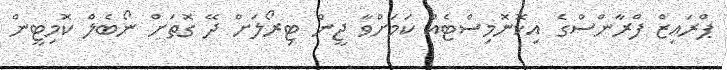
ޕްރައިޒް ފްރާންސްގެ އިކޮނޮމިސްޓެއް ކަމަށްވާ ޖީން ޓިރޯލަށް ދޭ ގޮތަށް ނޯބެލް ކޮމިޓީން